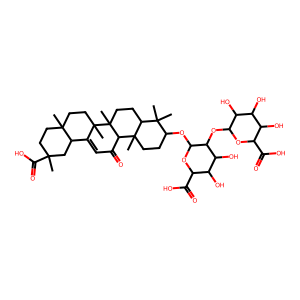
SMILES: CC1(C(=O)O)CCC2(C)CCC3(C)C(=CC(=O)C4C5(C)CCC(OC6OC(C(=O)O)C(O)C(O)C6OC6OC(C(=O)O)C(O)C(O)C6O)C(C)(C)C5CCC43C)C2C1
Inhibits HIV replication: No